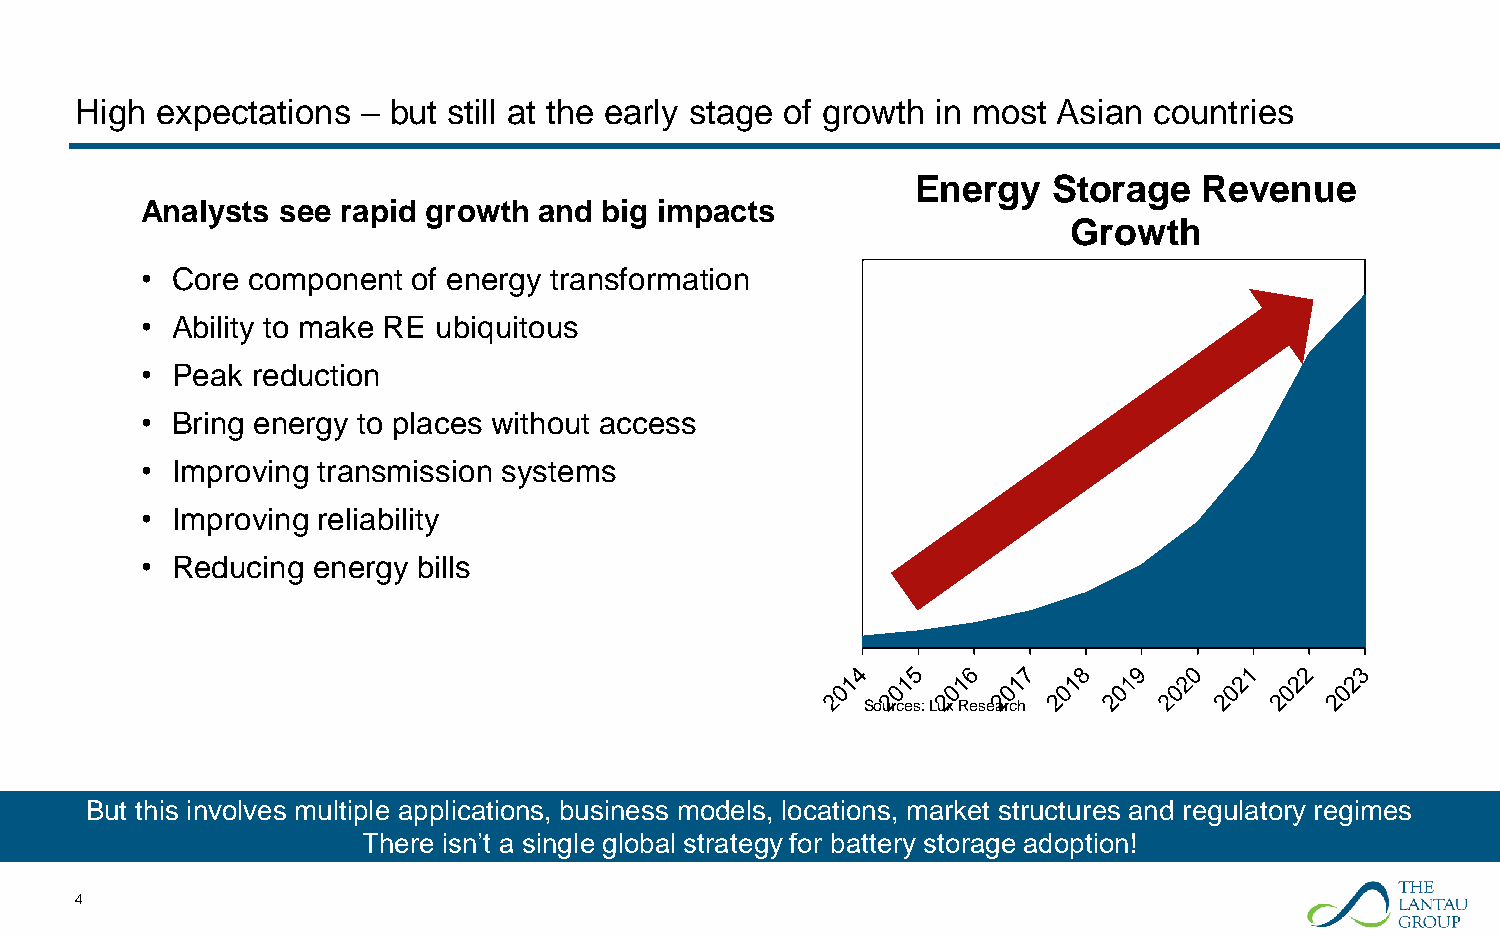
High expectations  – but still at the early stage of growth in most Asian countries
 Energy   Storage   Revenue
 Analysts  see rapid growth and big impacts
 Growth
 • Core component  of energy transformation
 • Ability to make RE ubiquitous
 • Peak  reduction
 • Bring energy to places without access
 • Improving transmission systems
 • Improving reliability
 • Reducing  energy bills
 Sources: Lux Research
 But this involves multiple applications, business models, locations, market structures and regulatory regimes
 There isn’t a single global strategy for battery storage adoption!
 4